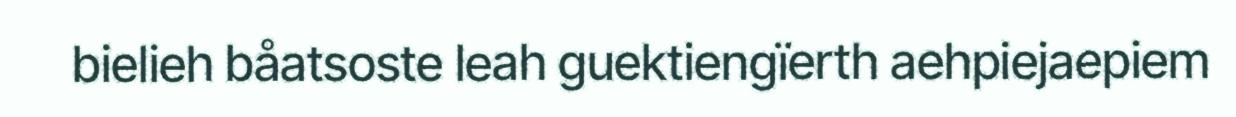
bielieh båatsoste leah guektiengïerth aehpiejaepiem